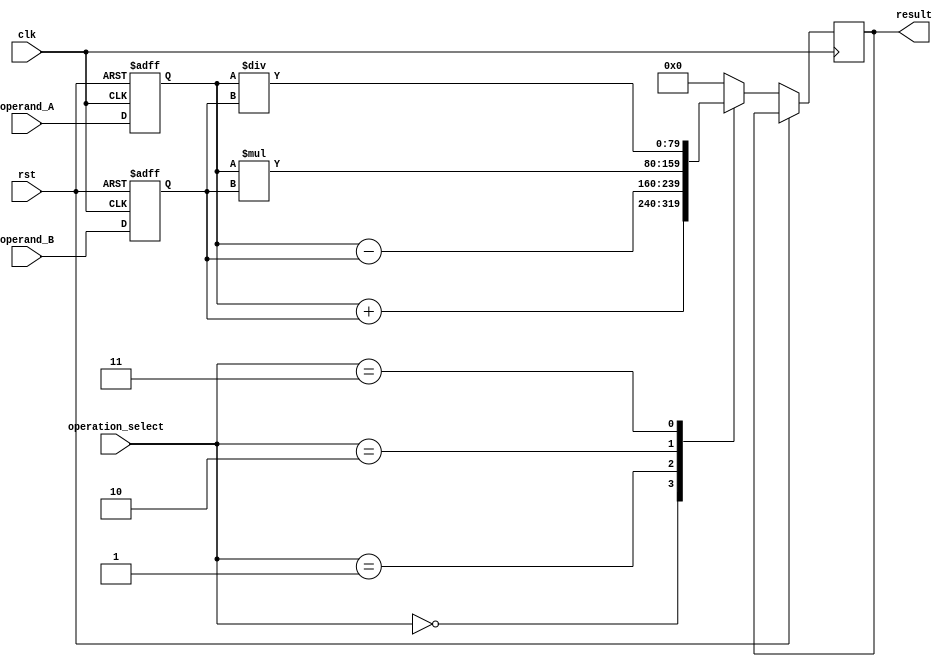
module mixed_precision_fp_unit (
    input wire clk,
    input wire rst,
    input wire [2:0] operation_select,
    input wire [79:0] operand_A,
    input wire [79:0] operand_B,
    output reg [79:0] result
);

// Define constants for precision
parameter SINGLE_PRECISION = 32;
parameter DOUBLE_PRECISION = 64;
parameter EXTENDED_PRECISION = 80;

// Define registers for operands and results
reg [79:0] reg_op_A;
reg [79:0] reg_op_B;
reg [79:0] reg_result;

// Control logic for selecting operation
always @(posedge clk or posedge rst) begin
    if (rst) begin
        reg_op_A <= 80'b0;
        reg_op_B <= 80'b0;
        reg_result <= 80'b0;
    end else begin
        reg_op_A <= operand_A;
        reg_op_B <= operand_B;
        case(operation_select)
            3'b000: result <= reg_op_A + reg_op_B; // Addition
            3'b001: result <= reg_op_A - reg_op_B; // Subtraction
            3'b010: result <= reg_op_A * reg_op_B; // Multiplication
            3'b011: result <= reg_op_A / reg_op_B; // Division
            default: result <= 80'b0; // Default to 0
        endcase
    end
end

endmodule